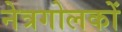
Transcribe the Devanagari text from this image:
नेत्रगोलकों